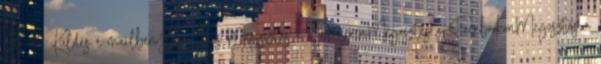
20:49 Küldés e-mailbenBlogThis Megosztás a TwitterenMegosztás a FacebookonMegosztás a